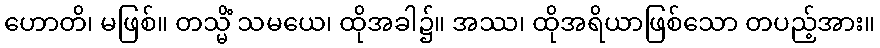
ဟောတိ၊ မဖြစ်။ တသ္မိံ သမယေ၊ ထိုအခါ၌။ အဿ၊ ထိုအရိယာဖြစ်သော တပည့်အား။